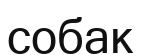
собак